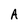
Character: A